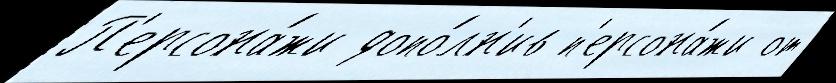
П'ерсона́жи допо́лн'ив п'ерсона́жи от